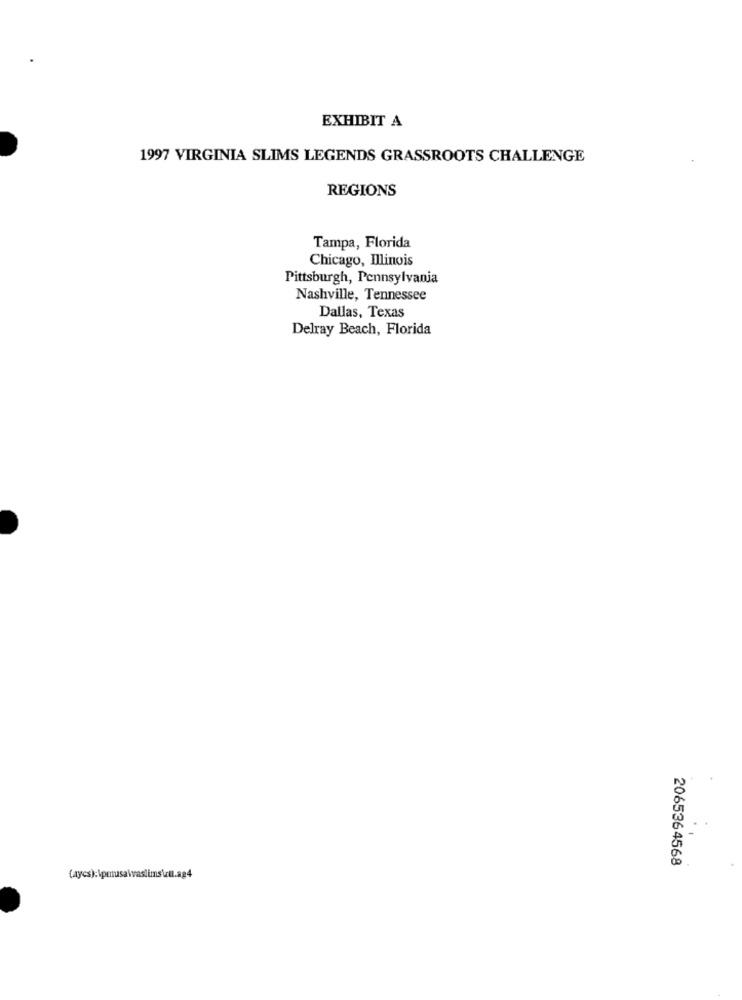
EXHIBIT A
1997 VIRGINIA SLIMS LEGENDS GRASSROOTS CHALLENGE
REGIONS
Tampa, Florida
Chicago, Illinois
Pittsburgh, Pennsylvania
Nashville, Tennessee
Dallas, Texas
Delray Beach, Florida
2065364568
(aycs):\prusawaslimsizil.ag4